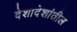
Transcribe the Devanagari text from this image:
देशादेशांतील